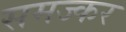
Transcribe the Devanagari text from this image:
समज्कर